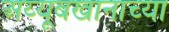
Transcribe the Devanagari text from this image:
अय्यूबखानाच्या